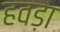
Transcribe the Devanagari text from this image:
हवड़ा